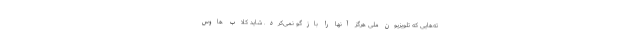
ته‌هایی که تلویزیون ملی هرگز آنها را بازگو نمی‌کرد. شاید کلاب هاوس